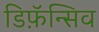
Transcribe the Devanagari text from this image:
डिफ़ॅन्सिव